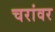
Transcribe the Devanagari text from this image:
चरांवर